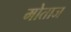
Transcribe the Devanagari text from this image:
मोताज